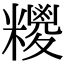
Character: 糭